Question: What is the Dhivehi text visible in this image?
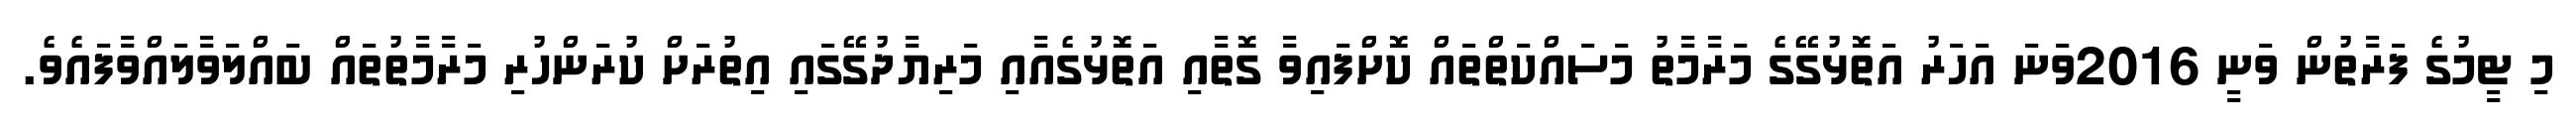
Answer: މި ޓީމުގެ ފަރާތުން ވަނީ 2016ވަނަ އަހަރު އަތޮޅުގޭގެ މަރާމާތު މަސައްކަތްތައް ކޮށްފައިވާ ގޮތާއި އަތޮޅުގެއާއި މަރިޔާދުގޭގައި އިތުރަށް ކުރަންހުރި މަރާމާތުތައް ބައްލަވާލައްވާފައެވެ.